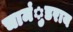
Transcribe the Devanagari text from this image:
चामंुडराय